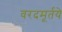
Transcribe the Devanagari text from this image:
वरदमूर्तये